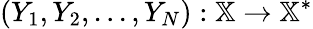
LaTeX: (Y_{1},Y_{2},...,Y_{N}):\mathbb{X}\rightarrow\mathbb{X}^{*}